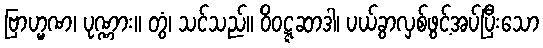
ဗြာဟ္မဏ၊ ပုဏ္ဏား။ တွံ၊ သင်သည်။ ဝိဝဋ္ဋဆာဒါ၊ ပယ်ခွာလှစ်ဖွင့်အပ်ပြီးသော